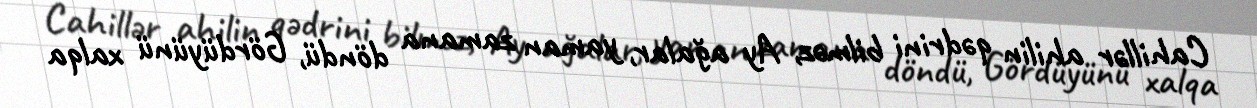
Cahillər ahilin qədrini bilməz, Ay ağalar, yaman zamana döndü, Gördüyünü xalqa